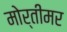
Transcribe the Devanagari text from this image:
मोर्तीमर